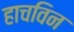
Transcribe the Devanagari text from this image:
हाचविन